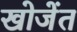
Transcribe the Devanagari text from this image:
खोजेंत